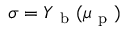
\sigma = Y _ { \mathrm { ~ b ~ } } ( \mu _ { \mathrm { ~ p ~ } } )